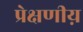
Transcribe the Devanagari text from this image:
प्रेक्षणीय़